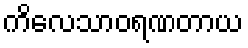
ကိလေသာဝရဏတာယ